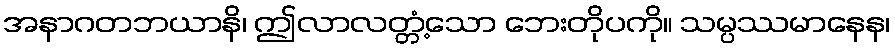
အနာဂတဘယာနိ၊ ဤလာလတ္တံ့သော ဘေးတိုပကို။ သမ္ပဿမာနေန၊